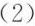
(2)